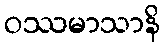
ဝဿမာသာနိ